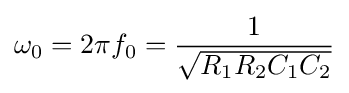
\omega _{0}=2\pi f_{0}={\frac {1}{\sqrt {R_{1}R_{2}C_{1}C_{2}}}}